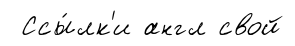
Ссы́лк'и англ свой